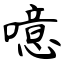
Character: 噫